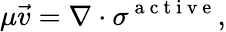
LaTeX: \mu\vec{v}=\nabla\cdot\sigma^{\mathrm{~a~c~t~i~v~e~}},